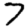
Digit: 7